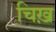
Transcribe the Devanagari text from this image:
चिख़